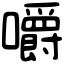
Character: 嚼